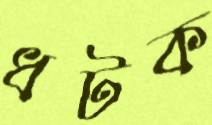
ধটক